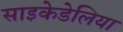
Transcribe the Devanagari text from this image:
साइकेडेलिया